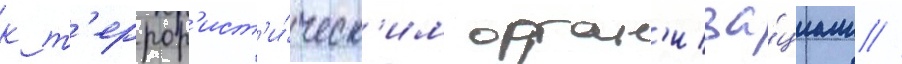
к т'еррор'ист'и́ческ'им орган'иза́циам //